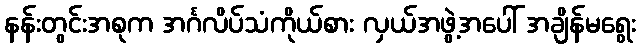
နန်းတွင်းအစုက အင်္ဂလိပ်သံကိုယ်စား လှယ်အဖွဲ့အပေါ် အချိန်မရွေး